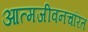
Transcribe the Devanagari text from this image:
आत्मजीवनचरित